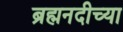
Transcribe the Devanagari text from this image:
ब्रह्मनदीच्या